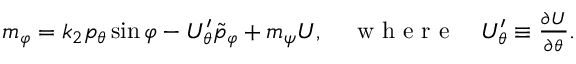
\begin{array} { r } { m _ { \varphi } = k _ { 2 } p _ { \theta } \sin \varphi - U _ { \theta } ^ { \prime } \tilde { p } _ { \varphi } + m _ { \psi } U , \quad \mathrm { ~ w ~ h ~ e ~ r ~ e ~ } \quad U _ { \theta } ^ { \prime } \equiv \frac { \partial U } { \partial \theta } . } \end{array}